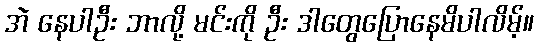
အဲ နေပါဦး ဘာလို့ မင်းကို ဦး ဒါတွေပြောနေမိပါလိမ့်။